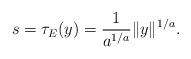
LaTeX: \begin{align*} s=\tau_E(y)=\frac{1}{a^{1/a}}\|y\|^{1/a}.\end{align*}